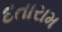
દતારામ